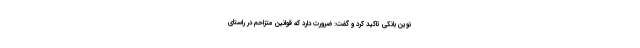
نوین بانکی تاکید کرد و گفت: ضرورت دارد که قوانین متزاحم در راستای